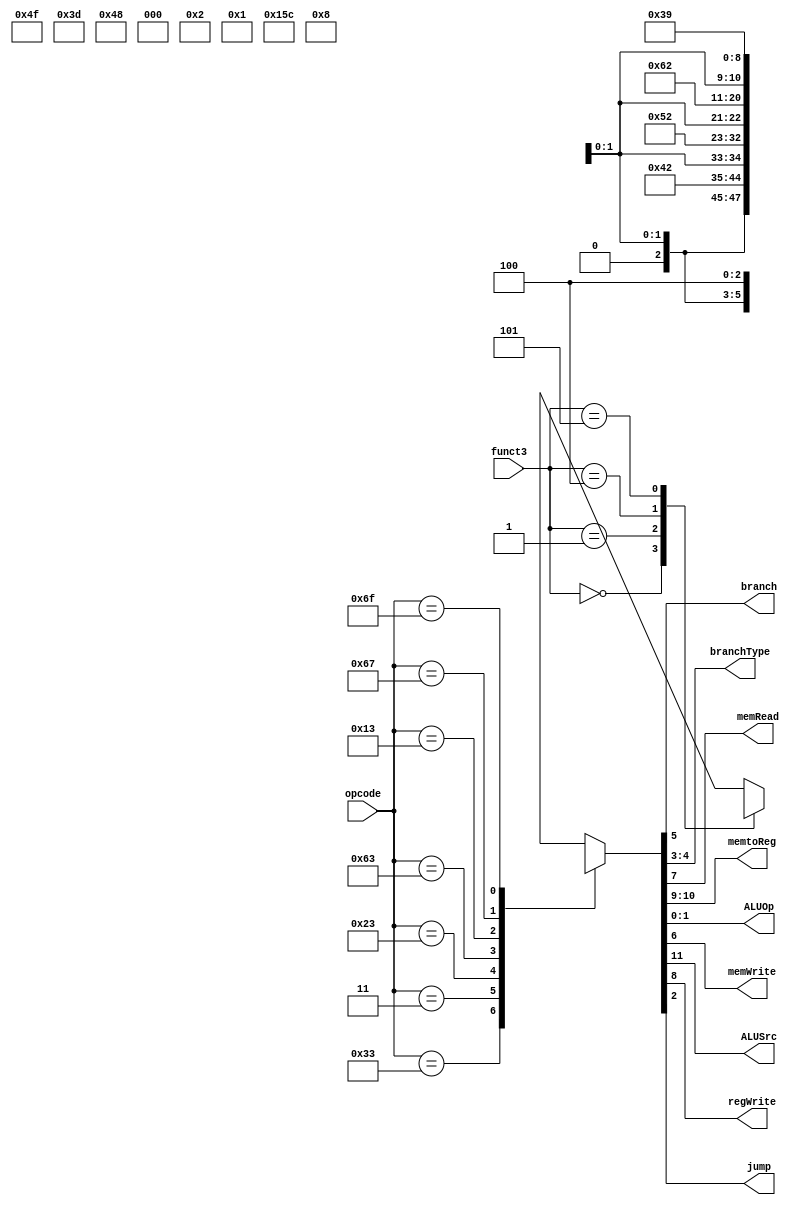
module Control (
    input [6:0] opcode,
    input [2:0] funct3,
    output reg branch,
    output reg [1:0] branchType,
    output reg memRead,
    output reg [1:0] memtoReg, // WBSel 00/01/1x, ASel memtoReg[0]
    output reg [1:0] ALUOp,
    output reg memWrite,
    output reg ALUSrc,
    output reg regWrite,
    output reg jump
);
    
    reg [11:0] ctrl;
    assign {ALUSrc, memtoReg, regWrite, memRead, memWrite, branch, branchType, jump, ALUOp} = ctrl;

    always @(*) begin
        case(opcode)
            7'b0110011: ctrl = 12'b0001000xx010; // R-type
            7'b0000011: ctrl = 12'b1011100xx000; // I-type (Load)
            7'b0100011: ctrl = 12'b1xx0010xx000; // S-type
            7'b1100011: case(funct3) // B-type
                3'b000 : ctrl = 12'b0xx000100001; // beq
                3'b001 : ctrl = 12'b0xx000101001; // bne
                3'b100 : ctrl = 12'b0xx000110001; // blt
                3'b101 : ctrl = 12'b0xx000111001; // bge
                default: ctrl = 12'bxxxxxxxxxxxx;
            endcase
            7'b0010011: ctrl = 12'b1001000xx011; // I-type (Arith)
            7'b1100111: ctrl = 12'b1101xx0xx100; // jalr
            7'b1101111: ctrl = 12'b1111xx0xx100; // jal
            default:    ctrl = 12'bxxxxxxxxxxxx;
        endcase
    end

endmodule